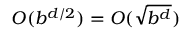
O ( b ^ { d / 2 } ) = O ( { \sqrt { b ^ { d } } } )